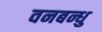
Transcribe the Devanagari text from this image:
वनबन्धु